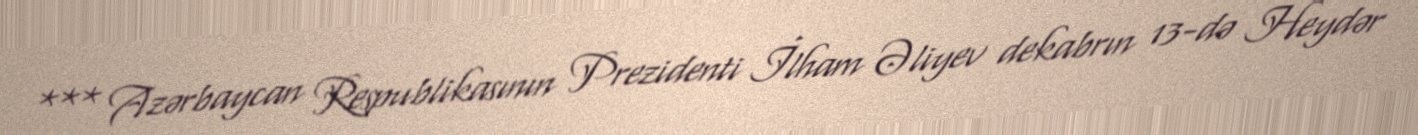
*** Azərbaycan Respublikasının Prezidenti İlham Əliyev dekabrın 13-də Heydər